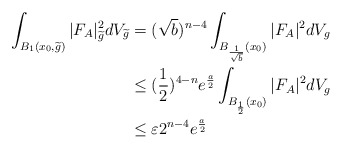
\begin{align*}\int_{B_{1}(x_{0},\widetilde{g})}|F_{A}|^{2}_{\widetilde{g}}dV_{\widetilde{g}}&=(\sqrt{b})^{n-4}\int_{B_{\frac{1}{\sqrt{b}}}(x_{0})}|F_{A}|^{2}dV_{g}\\&\leq(\frac{1}{2})^{4-n}e^{\frac{a}{2}}\int_{B_{\frac{1}{2}}(x_{0})}|F_{A}|^{2}dV_{g}\\&\leq\varepsilon2^{n-4}e^{\frac{a}{2}}\\\end{align*}